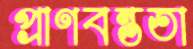
প্রাণবন্ততা